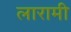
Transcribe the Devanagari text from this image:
लारामी